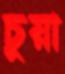
চুয়া